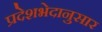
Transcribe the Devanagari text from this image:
प्रदेशभेदानुसार